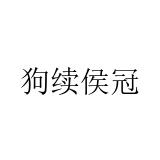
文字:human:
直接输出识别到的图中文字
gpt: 狗续侯冠